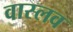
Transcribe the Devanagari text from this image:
वास्लव